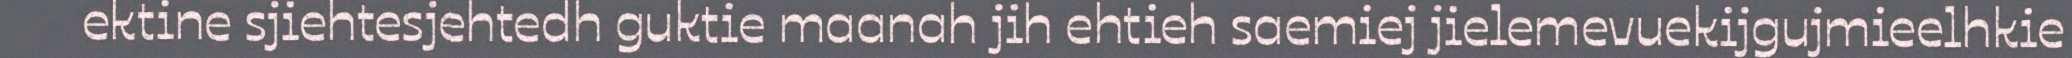
ektine sjiehtesjehtedh guktie maanah jih ehtieh saemiej jielemevuekijgujmieelhkie